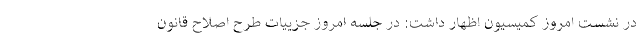
در نشست امروز کمیسیون اظهار داشت: در جلسه امروز جزییات طرح اصلاح قانون